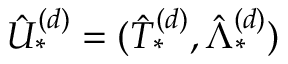
\hat { U } _ { * } ^ { ( d ) } = ( \hat { T } _ { * } ^ { ( d ) } , \hat { \Lambda } _ { * } ^ { ( d ) } )